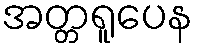
အတ္တရူပေန